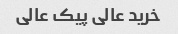
خرید عالی پیک عالی